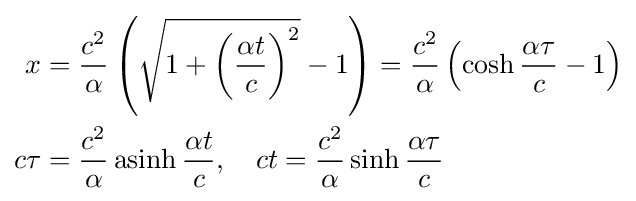
{\begin{aligned}x&={\frac {c^{2}}{\alpha }}\left({\sqrt {1+\left({\frac {\alpha t}{c}}\right)^{2}}}-1\right)={\frac {c^{2}}{\alpha }}\left(\cosh {\frac {\alpha \tau }{c}}-1\right)\\c\tau &={\frac {c^{2}}{\alpha }}\operatorname {asinh} {\frac {\alpha t}{c}},\quad ct={\frac {c^{2}}{\alpha }}\sinh {\frac {\alpha \tau }{c}}\end{aligned}}